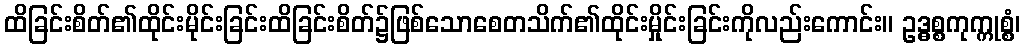
ထိခြင်းစိတ်၏ထိုင်းမိုင်းခြင်းထိခြင်းစိတ်၌ဖြစ်သောစေတသိက်၏ထိုင်းမှိုင်းခြင်းကိုလည်းကောင်း။ ဥဒ္ဓစ္စကုက္ကုစ္စံ၊